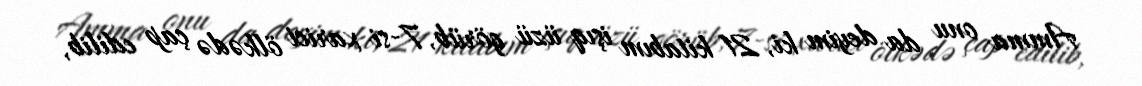
Amma onu da deyim ki, 21 kitabım işıq üzü görüb, 7-si xarici ölkədə çap edilib,